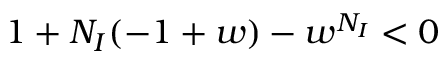
1 + N _ { I } ( - 1 + w ) - w ^ { N _ { I } } < 0